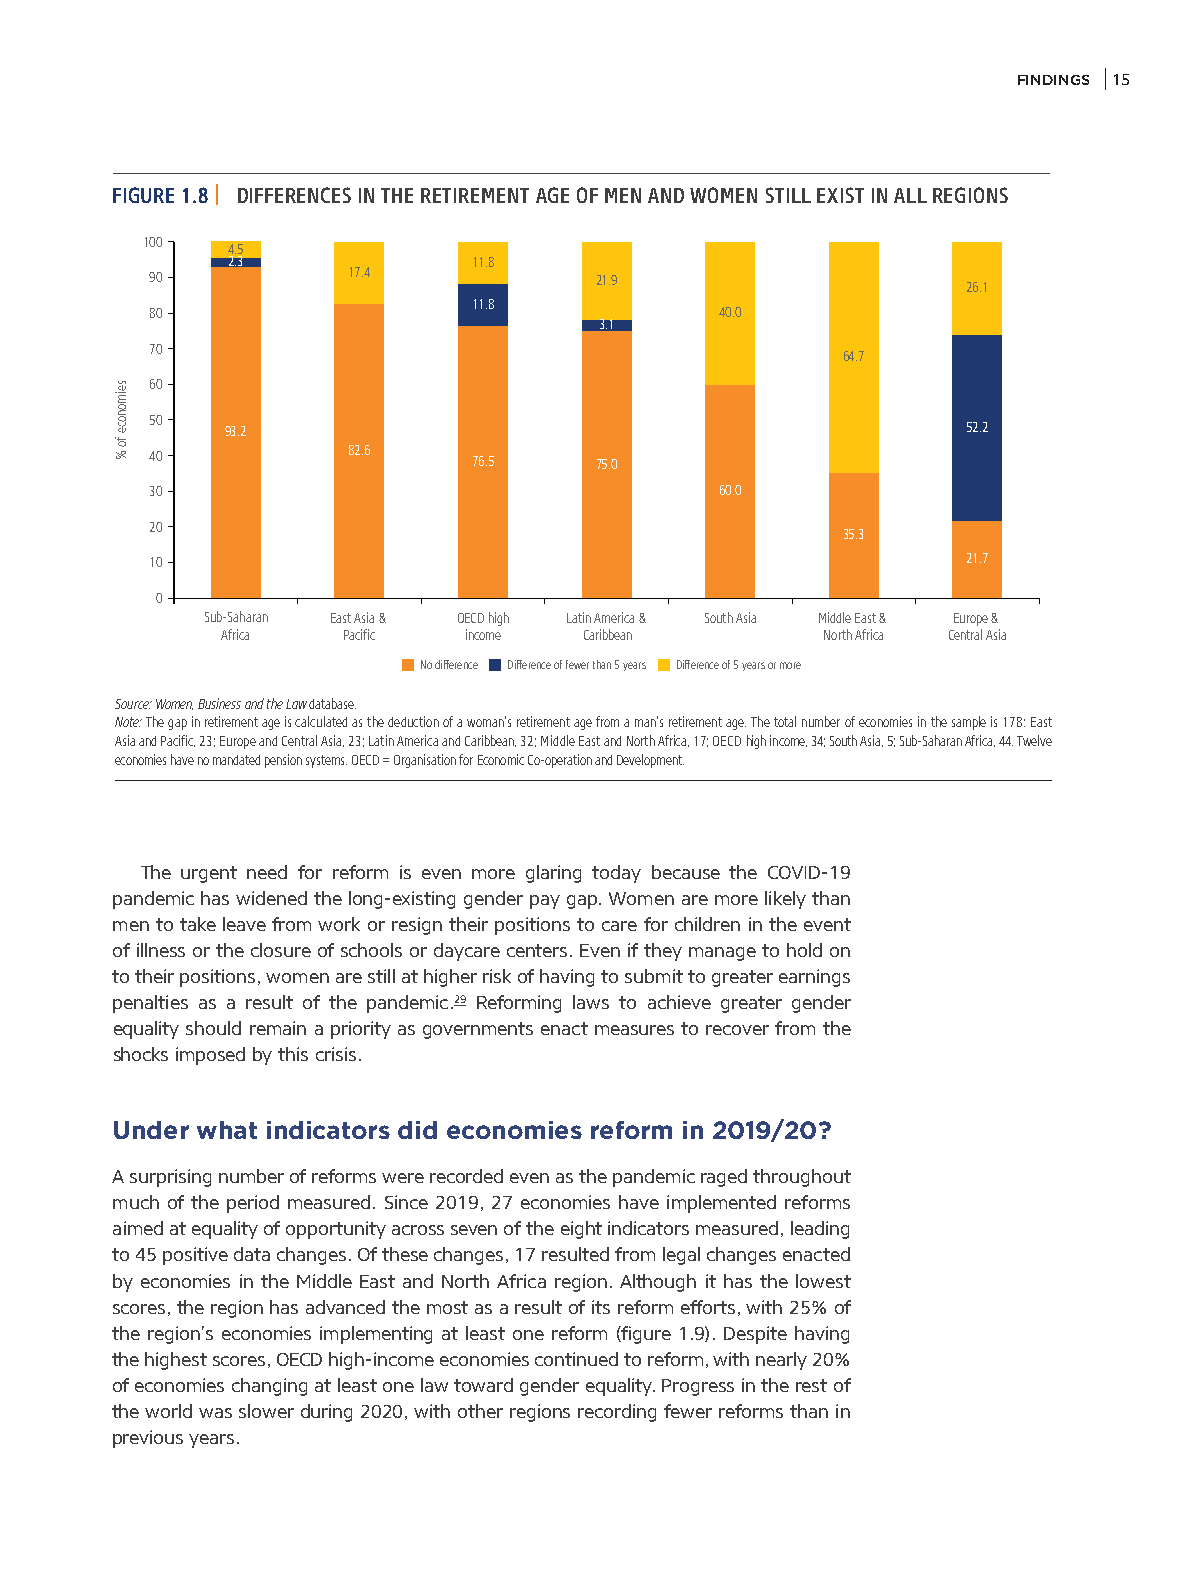
FINDINGS 15
 FIGURE 1.8 | DIFFERENCES IN THE RETIREMENT AGE OF MEN AND WOMEN STILL EXIST IN ALL REGIONS
 100
 4.5
 2.3             11.8
 90           17.4            21.9
 26.1
 11.8
 80                                    40.0
 3.1
 70
 64.7
 60
 50
 93.2                                             52.2
 40           82.6    76.5    75.0
 30                                    60.0
 20
 35.3
 10                                                    21.7
 0
 Sub-Saharan East Asia & OECD high Latin America & South Asia Middle East & Europe &
 Africa  Pacific income  Caribbean       North Africa Central Asia
 No difference Difference of fewer than 5 years Difference of 5 years or more
 Source: Women, Business and the Law database.
 Note: The gap in retirement age is calculated as the deduction of a woman’s retirement age from a man’s retirement age. The total number of economies in the sample is 178: East
 Asia and Pacific, 23; Europe and Central Asia, 23; Latin America and Caribbean, 32; Middle East and North Africa, 17; OECD high income, 34; South Asia, 5; Sub-Saharan Africa, 44. Twelve
 economies have no mandated pension systems. OECD = Organisation for Economic Co-operation and Development.
 The urgent need for reform is even more glaring today because the COVID-19
 pandemic has widened the long-existing gender pay gap. Women are more likely than
 men to take leave from work or resign their positions to care for children in the event
 of illness or the closure of schools or daycare centers. Even if they manage to hold on
 to their positions, women are still at higher risk of having to submit to greater earnings
 penalties as a result of the pandemic.29 Reforming laws to achieve greater gender
 equality should remain a priority as governments enact measures to recover from the
 shocks imposed by this crisis.
 Under what indicators did economies reform in 2019/20?
 A surprising number of reforms were recorded even as the pandemic raged throughout
 much of the period measured. Since 2019, 27 economies have implemented reforms
 aimed at equality of opportunity across seven of the eight indicators measured, leading
 to 45 positive data changes. Of these changes, 17 resulted from legal changes enacted
 by economies in the Middle East and North Africa region. Although it has the lowest
 scores, the region has advanced the most as a result of its reform efforts, with 25% of
 the region’s economies implementing at least one reform (figure 1.9). Despite having
 the highest scores, OECD high-income economies continued to reform, with nearly 20%
 of economies changing at least one law toward gender equality. Progress in the rest of
 the world was slower during 2020, with other regions recording fewer reforms than in
 previous years.
 seimonoce
 fo
 %